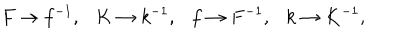
LaTeX: F \to f ^ { - 1 } , \ \ \ K \to k ^ { - 1 } , \ \ \ f \to F ^ { - 1 } , \ \ \ k \to K ^ { - 1 } ,